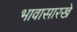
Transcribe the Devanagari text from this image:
भावासारखे